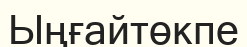
Ыңғайтөкпе